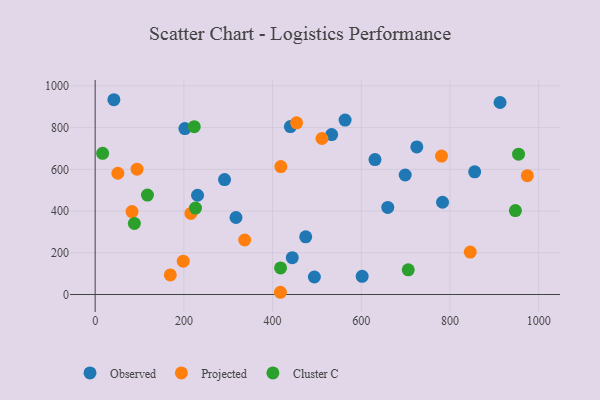
{"axis": {"x": "Distance", "y": "Yield"}, "legend": ["Cluster C", "Observed", "Projected"], "data": [{"x": "602.0", "y": 87.1, "type": "Observed"}, {"x": "440.2", "y": 804.8, "type": "Observed"}, {"x": "230.8", "y": 475.7, "type": "Observed"}, {"x": "42.2", "y": 933.6, "type": "Observed"}, {"x": "855.7", "y": 587.9, "type": "Observed"}, {"x": "912.9", "y": 920.4, "type": "Observed"}, {"x": "317.5", "y": 369.0, "type": "Observed"}, {"x": "783.2", "y": 442.2, "type": "Observed"}, {"x": "630.9", "y": 646.6, "type": "Observed"}, {"x": "659.7", "y": 417.4, "type": "Observed"}, {"x": "494.2", "y": 83.8, "type": "Observed"}, {"x": "291.7", "y": 550.9, "type": "Observed"}, {"x": "474.7", "y": 276.3, "type": "Observed"}, {"x": "444.4", "y": 176.7, "type": "Observed"}, {"x": "563.5", "y": 835.9, "type": "Observed"}, {"x": "725.2", "y": 707.4, "type": "Observed"}, {"x": "699.0", "y": 572.8, "type": "Observed"}, {"x": "202.3", "y": 795.1, "type": "Observed"}, {"x": "533.2", "y": 766.4, "type": "Observed"}, {"x": "83.1", "y": 397.5, "type": "Projected"}, {"x": "511.3", "y": 747.7, "type": "Projected"}, {"x": "215.9", "y": 388.4, "type": "Projected"}, {"x": "198.6", "y": 159.7, "type": "Projected"}, {"x": "974.5", "y": 569.6, "type": "Projected"}, {"x": "845.7", "y": 203.5, "type": "Projected"}, {"x": "169.4", "y": 94.0, "type": "Projected"}, {"x": "51.2", "y": 581.3, "type": "Projected"}, {"x": "780.9", "y": 663.5, "type": "Projected"}, {"x": "337.1", "y": 261.2, "type": "Projected"}, {"x": "94.4", "y": 600.6, "type": "Projected"}, {"x": "418.6", "y": 613.3, "type": "Projected"}, {"x": "417.7", "y": 10.7, "type": "Projected"}, {"x": "454.1", "y": 822.9, "type": "Projected"}, {"x": "226.2", "y": 414.4, "type": "Cluster C"}, {"x": "223.4", "y": 804.2, "type": "Cluster C"}, {"x": "117.9", "y": 476.6, "type": "Cluster C"}, {"x": "705.9", "y": 118.4, "type": "Cluster C"}, {"x": "947.5", "y": 402.2, "type": "Cluster C"}, {"x": "954.6", "y": 672.7, "type": "Cluster C"}, {"x": "88.4", "y": 340.8, "type": "Cluster C"}, {"x": "16.8", "y": 676.5, "type": "Cluster C"}, {"x": "418.0", "y": 127.4, "type": "Cluster C"}]}